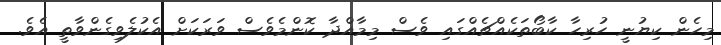
މިހެން ކިޔުނީ ހުރިހާ ކާބޯތަކެއްޗެއްގައި ވެސް މިމާއްދާ ކޮންމެވެސް ވަރަކަށް އެކުލެވިގެންވާތީ އެވެ.